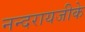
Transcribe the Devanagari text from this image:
नन्दरायजीके